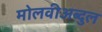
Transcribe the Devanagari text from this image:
मोलवीअब्दुल